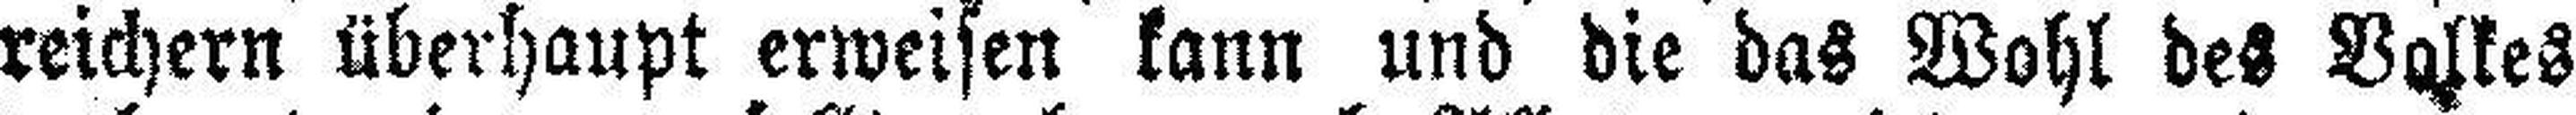
reichern überhaupt erweisen kann und die das Wohl des Valkes